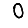
Digit: 0